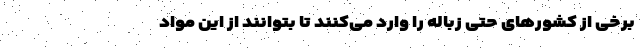
برخی از کشورهای حتی زباله را وارد می‌کنند تا بتوانند از این مواد